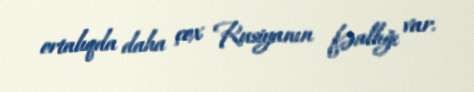
ortalıqda daha çox Rusiyanın fəallığı var.